Report of an investigation of the epidemic of malarial fever in Assam, or, kala-azar
Disease focus: Malaria
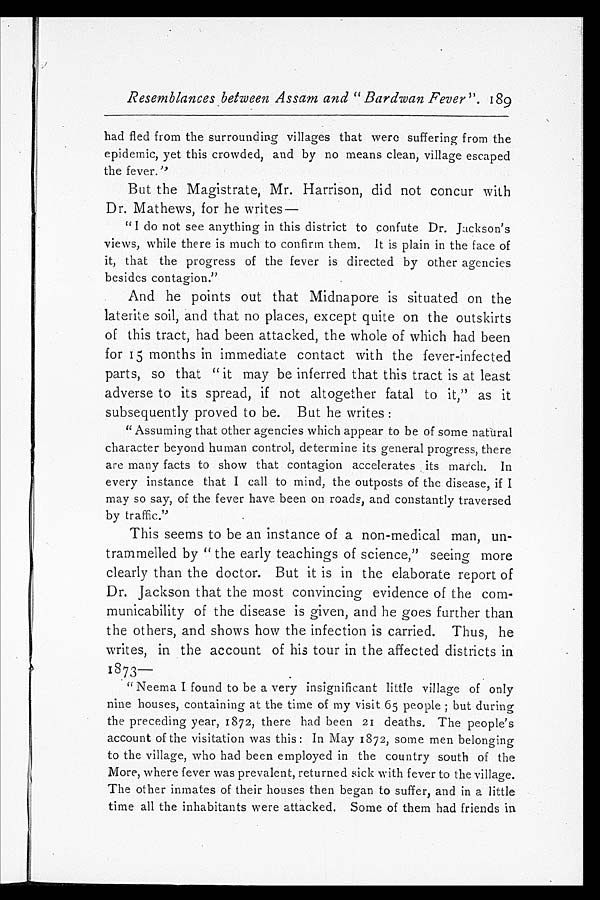
Resemblances between Assam and "Bardwan Fever". 189
had fled from the surrounding villages that were suffering from the
epidemic, yet this crowded, and by no means clean, village escaped
the fever."
But the Magistrate, Mr. Harrison, did not concur with
Dr. Mathews, for he writes
—
"I do not see anything in this district to confute Dr. Jackson's
views, while there is much to confirm them. It is plain in the face of
it, that the progress of the fever is directed by other agencies
besides contagion."
And he points out that Midnapore is situated on the
laterite soil, and that no places, except quite on the outskirts
of this tract, had been attacked, the whole of which had been
for 15 months in immediate contact with the fever-infected
parts, so that "it may be inferred that this tract is at least
adverse to its spread, if not altogether fatal to it," as it
subsequently proved to be. But he writes:
"Assuming that other agencies which appear to be of some natural
character beyond human control, determine its general progress, there
are many facts to show that contagion accelerates its march. In
every instance that I call to mind, the outposts of the disease, if I
may so say, of the fever have been on roads, and constantly traversed
by traffic."
This seems to be an instance of a non-medical man, un
-trammelled by "the early teachings of science," seeing more
clearly than the doctor. But it is in the elaborate report of
Dr. Jackson that the most convincing evidence of the com
-municability of the disease is given, and he goes further than
the others, and shows how the infection is carried. Thus, he
writes, in the account of his tour in the affected districts in
1873—
"Neema I found to be a very insignificant little village of only
nine houses, containing at the time of my visit 65 people; but during
the preceding year, 1872, there had been 21 deaths. The people's
account of the visitation was this: In May 1872, some men belonging
to the village, who had been employed in the country south of the
More, where fever was prevalent, returned sick with fever to the village.
The other inmates of their houses then began to suffer, and in a little
time all the inhabitants were attacked. Some of them had friends in